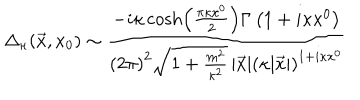
LaTeX: \Delta _ { \kappa } ( \vec { x } , x _ { 0 } ) \sim { \frac { - i \kappa \cosh \left( { \frac { \pi \kappa x ^ { 0 } } { 2 } } \right) \Gamma \left( 1 + i \kappa x ^ { 0 } \right) } { \left( 2 \pi \right) ^ { 2 } \sqrt { 1 + { \frac { m ^ { 2 } } { \kappa ^ { 2 } } } } \, | \vec { x } | \left( \kappa | \vec { x } | \right) ^ { 1 + i \kappa x ^ { 0 } } } }